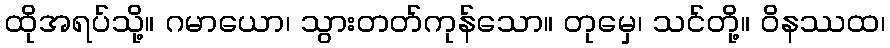
ထိုအရပ်သို့။ ဂမာယော၊ သွားတတ်ကုန်သော။ တုမှေ၊ သင်တို့။ ဝိနဿထ၊